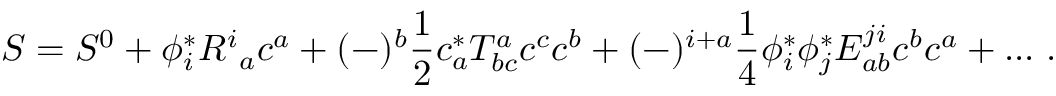
S = S ^ { 0 } + \phi _ { i } ^ { * } R ^ { i } { } _ { a } c ^ { a } + ( - ) ^ { b } \frac { 1 } { 2 } c _ { a } ^ { * } T _ { b c } ^ { a } c ^ { c } c ^ { b } + ( - ) ^ { i + a } \frac { 1 } { 4 } \phi _ { i } ^ { * } \phi _ { j } ^ { * } E _ { a b } ^ { j i } c ^ { b } c ^ { a } + . . . \ .